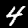
Digit: 4